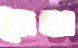
মৈথ